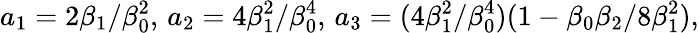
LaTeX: a_{1}=2\beta_{1}/\beta_{0}^{2},\, a_{2}=4\beta_{1}^{2}/\beta_{0}^{4},\, a_{3}=(4\beta_{1}^{2}/\beta_{0}^{4})(1-\beta_{0}\beta_{2}/8\beta_{1}^{2}),